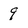
Character: 9